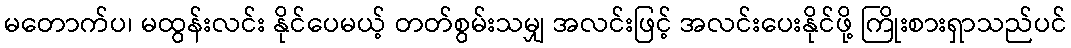
မတောက်ပ၊ မထွန်းလင်း နိုင်ပေမယ့် တတ်စွမ်းသမျှ အလင်းဖြင့် အလင်းပေးနိုင်ဖို့ ကြိုးစားရှာသည်ပင်